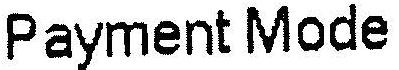
PAYMENT MODE